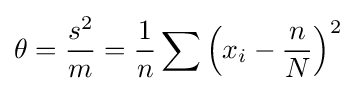
\theta ={\frac {s^{2}}{m}}={\frac {1}{n}}\sum \left(x_{i}-{\frac {n}{N}}\right)^{2}